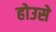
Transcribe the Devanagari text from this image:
होउसे